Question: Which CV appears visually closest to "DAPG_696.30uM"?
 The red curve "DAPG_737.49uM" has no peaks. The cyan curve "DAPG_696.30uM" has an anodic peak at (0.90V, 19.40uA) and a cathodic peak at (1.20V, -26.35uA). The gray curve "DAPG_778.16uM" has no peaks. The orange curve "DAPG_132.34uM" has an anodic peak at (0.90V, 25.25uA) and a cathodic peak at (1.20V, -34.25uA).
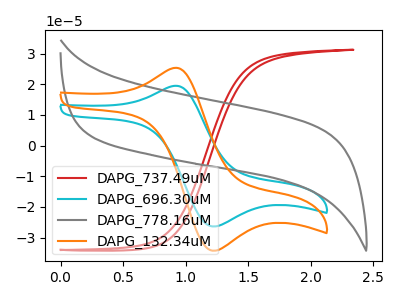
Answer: <think>"DAPG_737.49uM" and "DAPG_696.30uM" have a different number of peaks. Neither "DAPG_737.49uM" or "DAPG_778.16uM" have any peaks. "DAPG_737.49uM" and "DAPG_132.34uM" have a different number of peaks. "DAPG_696.30uM" and "DAPG_778.16uM" have a different number of peaks. All the peaks in "DAPG_696.30uM" have a peak in "DAPG_132.34uM" at the same potential. Every peak in "DAPG_696.30uM" is lower than every peak in "DAPG_132.34uM". "DAPG_778.16uM" and "DAPG_132.34uM" have a different number of peaks.
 </think>
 <answer>The CV with the most similar shape to "DAPG_132.34uM" is "DAPG_696.30uM".</answer>
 <eval>"DAPG_696.30uM"</eval>